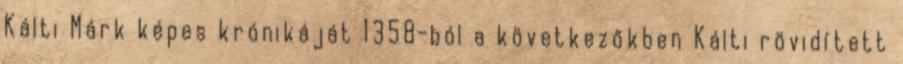
Kálti Márk képes krónikáját 1358-ból a következőkben Kálti rövidített